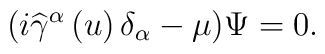
(i\widehat{\gamma }^\alpha \left( u\right) \delta _\alpha -\mu )\Psi =0.